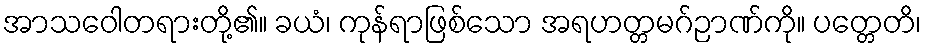
အာသဝေါတရားတို့၏။ ခယံ၊ ကုန်ရာဖြစ်သော အရဟတ္တမဂ်ဉာဏ်ကို။ ပတ္တေတိ၊